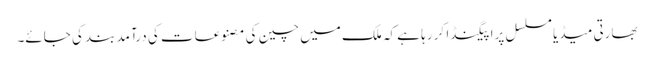
بھارتی میڈیا مسلسل پراپیگنڈا کر رہا ہے کہ ملک میں چین کی مصنوعات کی درآمد بند کی جائے۔